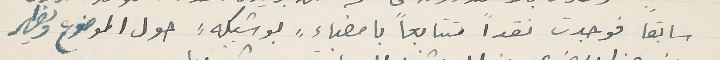
سابقاً فوجدت نقداَ متتابعاَ بامضاء "بو شبكه" حول الموضوع ويظهر